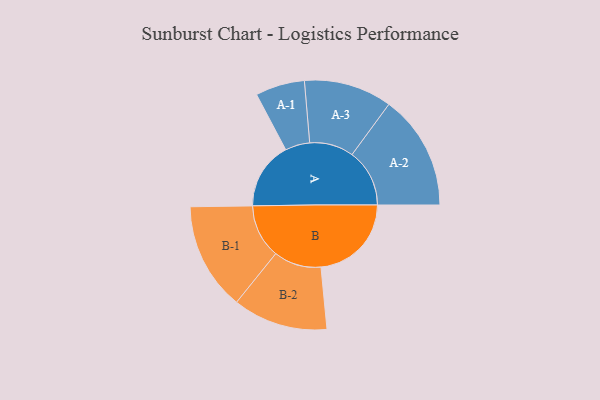
{"axis": {"x": "Segment", "y": "Value"}, "legend": ["", "A", "B"], "data": [{"x": "A", "y": 350, "type": ""}, {"x": "B", "y": 470, "type": ""}, {"x": "A-1", "y": 128, "type": "A"}, {"x": "A-2", "y": 299, "type": "A"}, {"x": "A-3", "y": 229, "type": "A"}, {"x": "B-1", "y": 280, "type": "B"}, {"x": "B-2", "y": 247, "type": "B"}]}